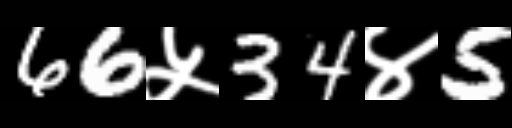
Text: 66५34४5